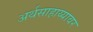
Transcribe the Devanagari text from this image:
अर्थसाहाय्यावर